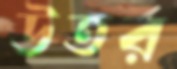
উতর